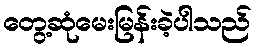
တွေ့ဆုံမေးမြန်းခဲ့ပါသည်